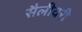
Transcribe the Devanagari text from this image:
सैलीवरी